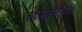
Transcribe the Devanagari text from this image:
जवालगिरी